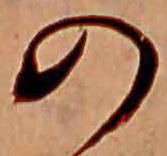
の